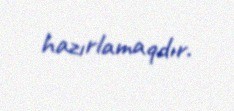
hazırlamaqdır.